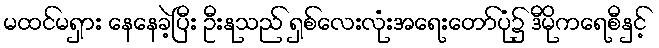
မထင်မရှား နေနေခဲ့ပြီး ဦးနုသည် ရှစ်လေးလုံးအရေးတော်ပုံ၌ ဒီမိုကရေစီနှင့်